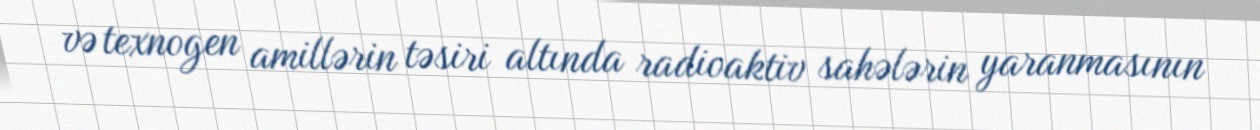
və texnogen amillərin təsiri altında radioaktiv sahələrin yaranmasının